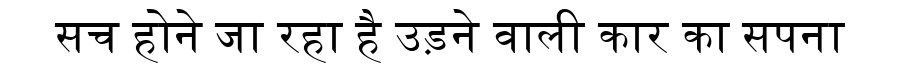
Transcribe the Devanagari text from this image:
सच होने जा रहा है उड़ने वाली कार का सपना